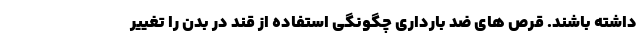
داشته باشند. قرص های ضد بارداری چگونگی استفاده از قند در بدن را تغییر